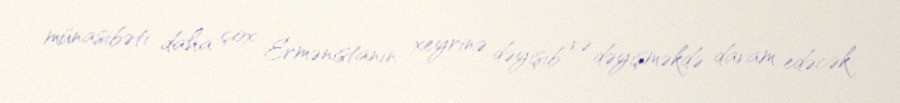
münasibəti daha çox Ermənistanın xeyrinə dəyişib və dəyişməkdə davam edəcək.